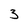
Character: 3